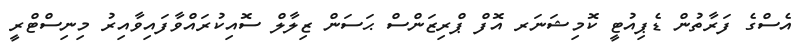
އެސްގެ ފަރާތުން ޑެޕިއުޓީ ކޮމިޝަނަރ އޮފް ޕްރިޒަންސް ޙަސަން ޒިލާލް ސޮއިކުރައްވާފައިވާއިރު މިނިސްޓްރީ